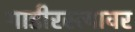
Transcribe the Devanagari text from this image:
गाडीरस्त्यावर